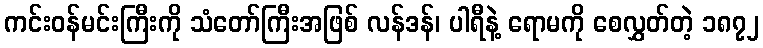
ကင်းဝန်မင်းကြီးကို သံတော်ကြီးအဖြစ် လန်ဒန်၊ ပါရီနဲ့ ရောမကို စေလွှတ်တဲ့ ၁၈၇၂